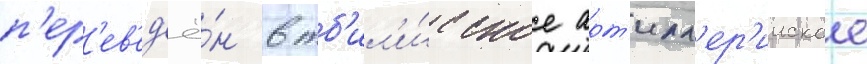
п'ер'ев'ед'ё́н в тб'ил'и́сское арт'илл'ер'ииское